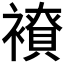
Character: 𧝭